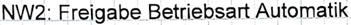
Text: NW2: Freigabe Betriebsart Automatik